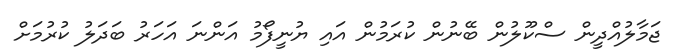
ޖަމާލުއްދީން ސްކޫލުން ބޭނުން ކުރަމުން އައި ޔުނީފޯމު އަންނަ އަހަރު ބަދަލު ކުރުމަށް